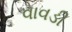
વાવડી